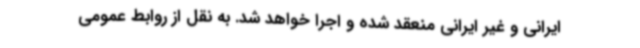
ایرانی و غیر ایرانی منعقد شده و اجرا خواهد شد. به نقل از روابط عمومی